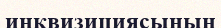
инквизициясының